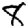
Digit: 8